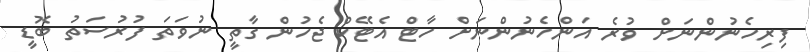
ފިރިހެނުންނަށް ވުރެ އަންހެނުންނަށް ހާޓް އެޓޭކް ޖެހުން ގާތީ ނުވަތަ ފުރުސަތު ބޮޑީ